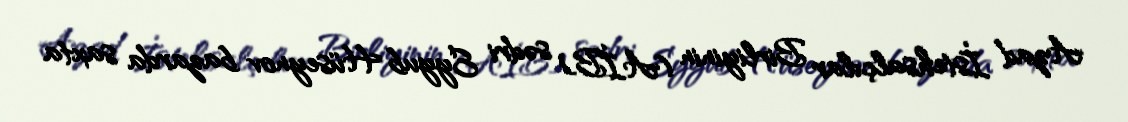
Azad İstehsalçılar Birliyinin (AİB) sədri Eyyub Hüseynov bazarda saxta